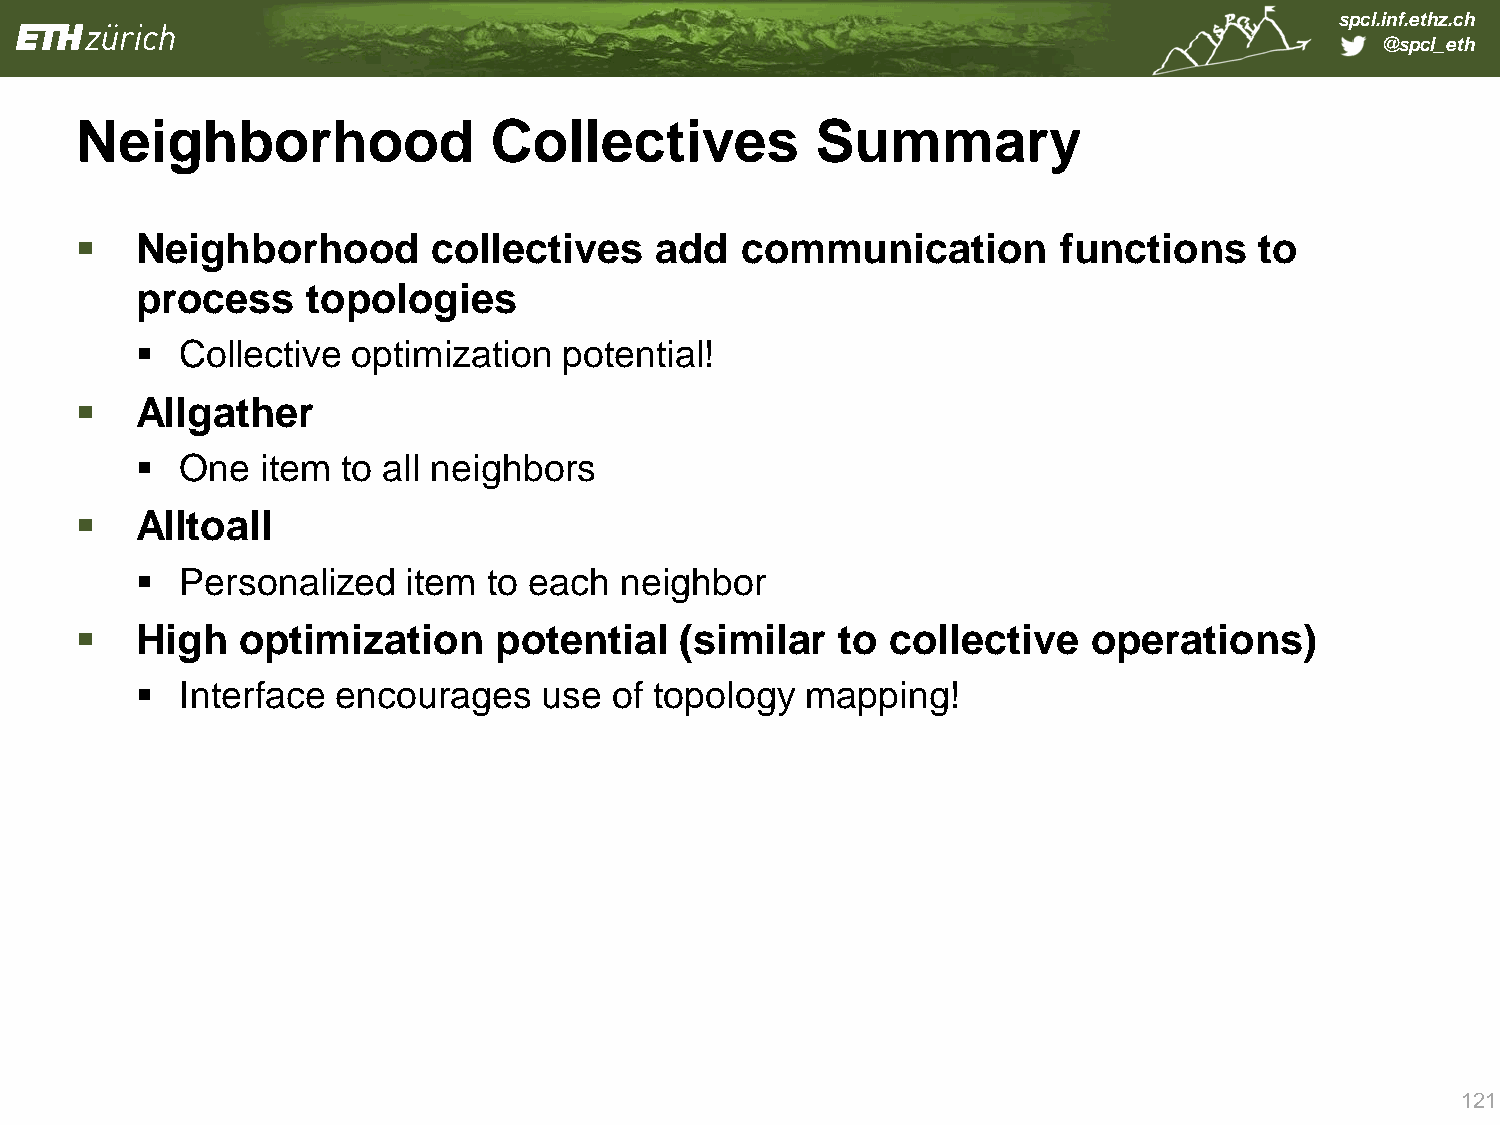
spcl.inf.ethz.ch
 @spcl_eth
 Neighborhood               Collectives           Summary
    Neighborhood        collectives   add   communication        functions    to
 process    topologies
   Collective optimization  potential!
    Allgather
   One  item  to all neighbors
    Alltoall
   Personalized   item to each  neighbor
    High   optimization     potential   (similar   to collective   operations)
   Interface encourages    use of topology  mapping!
 121